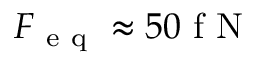
F _ { \mathrm { ~ e ~ q ~ } } \approx 5 0 \mathrm { ~ f ~ N ~ }